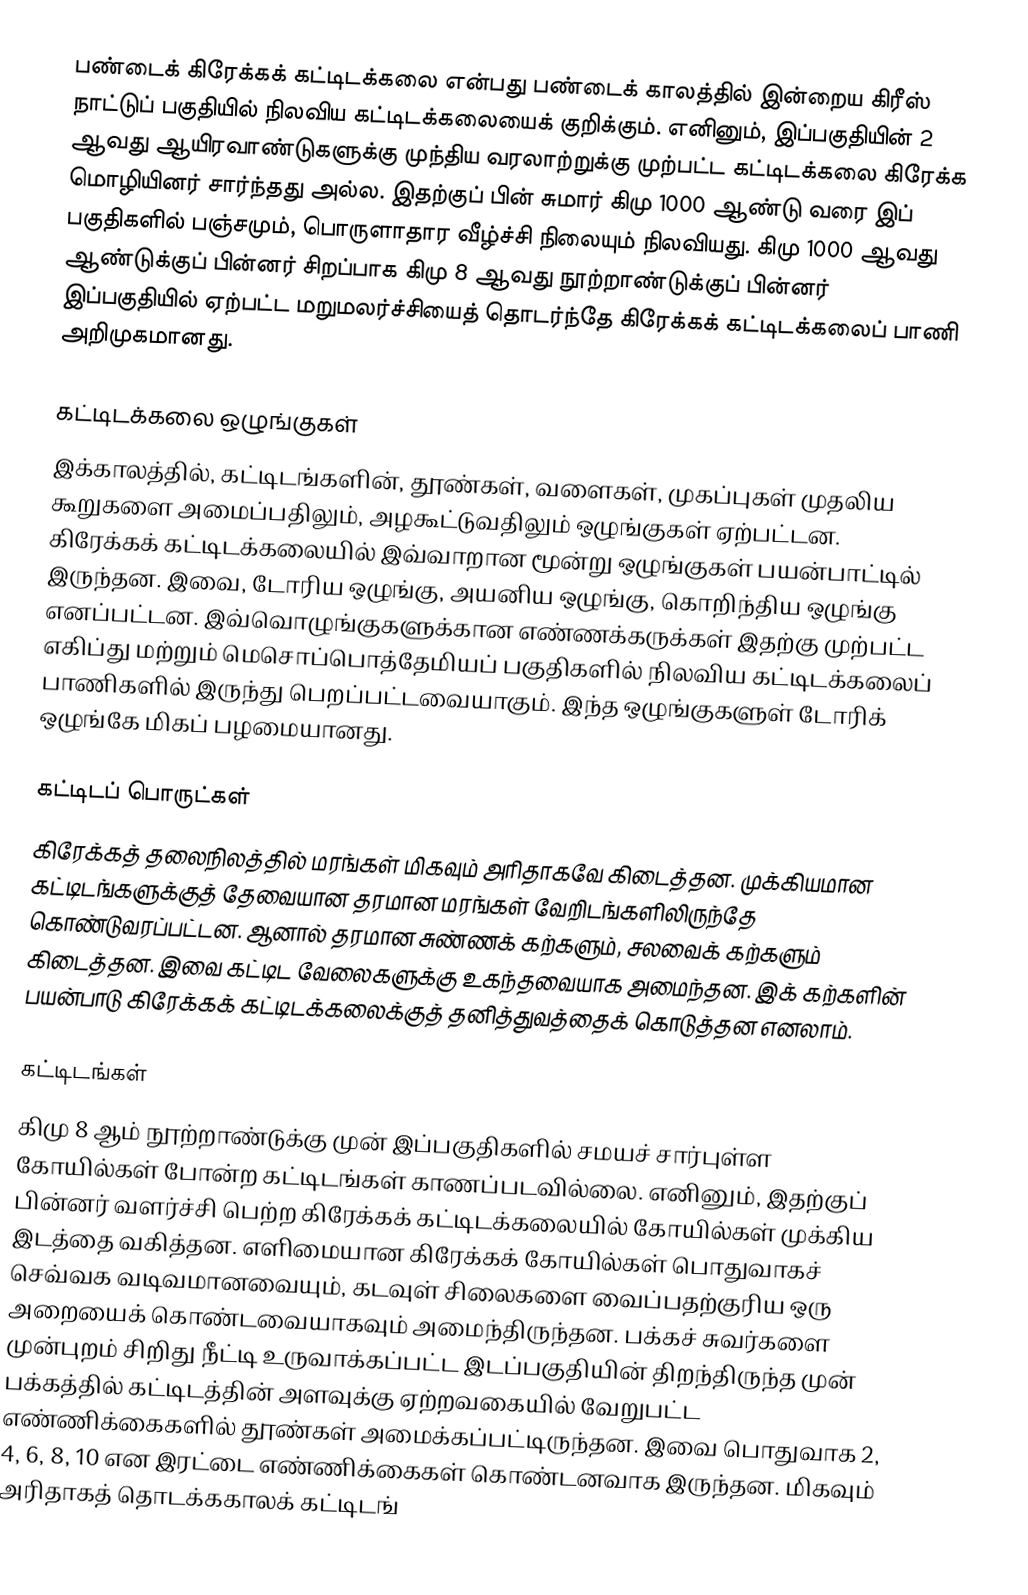
பண்டைக் கிரேக்கக் கட்டிடக்கலை என்பது பண்டைக் காலத்தில் இன்றைய கிரீஸ் நாட்டுப் பகுதியில் நிலவிய கட்டிடக்கலையைக் குறிக்கும். எனினும், இப்பகுதியின் 2 ஆவது ஆயிரவாண்டுகளுக்கு முந்திய வரலாற்றுக்கு முற்பட்ட கட்டிடக்கலை கிரேக்க மொழியினர் சார்ந்தது அல்ல. இதற்குப் பின் சுமார் கிமு 1000 ஆண்டு வரை இப் பகுதிகளில் பஞ்சமும், பொருளாதார வீழ்ச்சி நிலையும் நிலவியது. கிமு 1000 ஆவது ஆண்டுக்குப் பின்னர் சிறப்பாக கிமு 8 ஆவது நூற்றாண்டுக்குப் பின்னர் இப்பகுதியில் ஏற்பட்ட மறுமலர்ச்சியைத் தொடர்ந்தே கிரேக்கக் கட்டிடக்கலைப் பாணி அறிமுகமானது.

கட்டிடக்கலை ஒழுங்குகள்
இக்காலத்தில், கட்டிடங்களின், தூண்கள், வளைகள், முகப்புகள் முதலிய கூறுகளை அமைப்பதிலும், அழகூட்டுவதிலும் ஒழுங்குகள் ஏற்பட்டன. கிரேக்கக் கட்டிடக்கலையில் இவ்வாறான மூன்று ஒழுங்குகள் பயன்பாட்டில் இருந்தன. இவை, டோரிய ஒழுங்கு, அயனிய ஒழுங்கு, கொறிந்திய ஒழுங்கு எனப்பட்டன. இவ்வொழுங்குகளுக்கான எண்ணக்கருக்கள் இதற்கு முற்பட்ட எகிப்து மற்றும் மெசொப்பொத்தேமியப் பகுதிகளில் நிலவிய கட்டிடக்கலைப் பாணிகளில் இருந்து பெறப்பட்டவையாகும். இந்த ஒழுங்குகளுள் டோரிக் ஒழுங்கே மிகப் பழமையானது.

கட்டிடப் பொருட்கள்
கிரேக்கத் தலைநிலத்தில் மரங்கள் மிகவும் அரிதாகவே கிடைத்தன. முக்கியமான கட்டிடங்களுக்குத் தேவையான தரமான மரங்கள் வேறிடங்களிலிருந்தே கொண்டுவரப்பட்டன. ஆனால் தரமான சுண்ணக் கற்களும், சலவைக் கற்களும் கிடைத்தன. இவை கட்டிட வேலைகளுக்கு உகந்தவையாக அமைந்தன. இக் கற்களின் பயன்பாடு கிரேக்கக் கட்டிடக்கலைக்குத் தனித்துவத்தைக் கொடுத்தன எனலாம்.

கட்டிடங்கள்
கிமு 8 ஆம் நூற்றாண்டுக்கு முன் இப்பகுதிகளில் சமயச் சார்புள்ள கோயில்கள் போன்ற கட்டிடங்கள் காணப்படவில்லை. எனினும், இதற்குப் பின்னர் வளர்ச்சி பெற்ற கிரேக்கக் கட்டிடக்கலையில் கோயில்கள் முக்கிய இடத்தை வகித்தன. எளிமையான கிரேக்கக் கோயில்கள் பொதுவாகச் செவ்வக வடிவமானவையும், கடவுள் சிலைகளை வைப்பதற்குரிய ஒரு அறையைக் கொண்டவையாகவும் அமைந்திருந்தன. பக்கச் சுவர்களை முன்புறம் சிறிது நீட்டி உருவாக்கப்பட்ட இடப்பகுதியின் திறந்திருந்த முன் பக்கத்தில் கட்டிடத்தின் அளவுக்கு ஏற்றவகையில் வேறுபட்ட எண்ணிக்கைகளில் தூண்கள் அமைக்கப்பட்டிருந்தன. இவை பொதுவாக 2, 4, 6, 8, 10 என இரட்டை எண்ணிக்கைகள் கொண்டனவாக இருந்தன. மிகவும் அரிதாகத் தொடக்ககாலக் கட்டிடங்